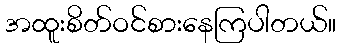
အထူးစိတ်ဝင်စားနေကြပါတယ်။